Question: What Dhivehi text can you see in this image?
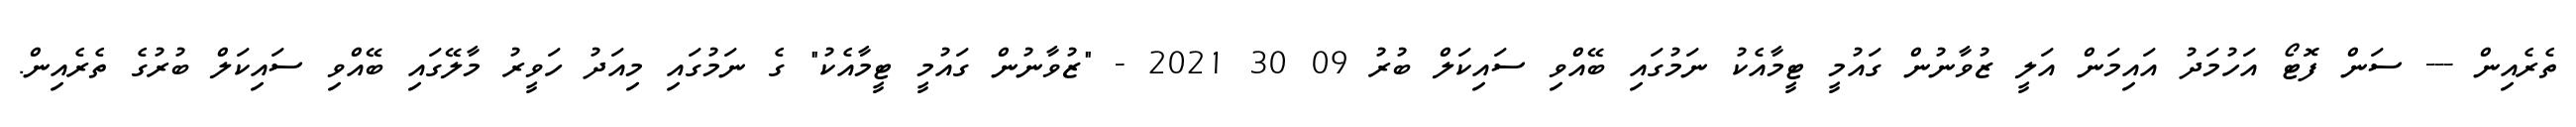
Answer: ތެރެއިން --- ސަން ފޮޓޯ އަހުމަދު އައިމަން އަލީ ޒުވާނުން ގައުމީ ޓީމާއެކު ނަމުގައި ބޭއްވި ސައިކަލް ބުރު 09 30 2021 - "ޒުވާނުން ގައުމީ ޓީމާއެކު" ގެ ނަމުގައި މިއަދު ހަވީރު މާލޭގައި ބޭއްވި ސައިކަލް ބުރުގެ ތެރެއިން.